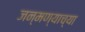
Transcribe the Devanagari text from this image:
जन्मण्याच्या